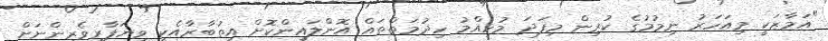
"އަމާޒަކީ މިއަހަރު ނިމުމުގެ ކުރިން މިފަދަ މުހިއްމު ހިދުމަތްތައް އޮންލައިންކޮށް އިތުބާރާއެކީ ވިޔަފާރިވެރިންނަށް